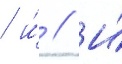
/ и́ // И́